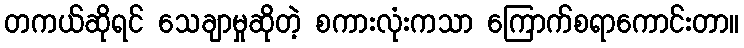
တကယ်ဆိုရင် သေချာမှုဆိုတဲ့ စကားလုံးကသာ ကြောက်စရာကောင်းတာ။